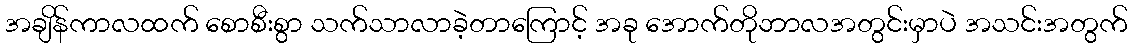
အချိန်ကာလထက် စောစီးစွာ သက်သာလာခဲ့တာကြောင့် အခု အောက်တိုဘာလအတွင်းမှာပဲ အသင်းအတွက်